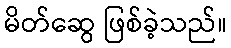
မိတ်ဆွေ ဖြစ်ခဲ့သည်။